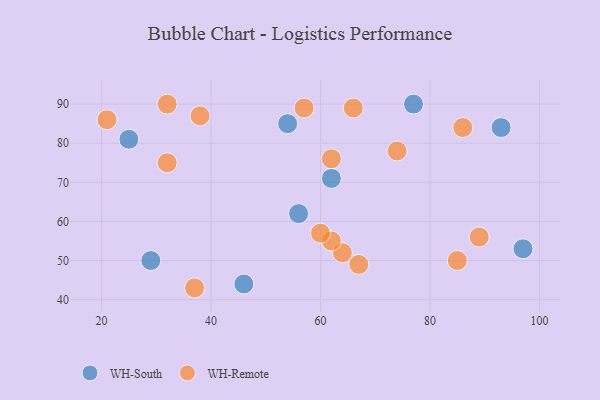
{"axis": {"x": "GDP", "y": "Life Expectancy"}, "legend": ["WH-Remote", "WH-South"], "data": [{"x": "97", "y": 53, "type": "WH-South"}, {"x": "25", "y": 81, "type": "WH-South"}, {"x": "56", "y": 62, "type": "WH-South"}, {"x": "46", "y": 44, "type": "WH-South"}, {"x": "62", "y": 71, "type": "WH-South"}, {"x": "54", "y": 85, "type": "WH-South"}, {"x": "93", "y": 84, "type": "WH-South"}, {"x": "77", "y": 90, "type": "WH-South"}, {"x": "29", "y": 50, "type": "WH-South"}, {"x": "89", "y": 56, "type": "WH-Remote"}, {"x": "86", "y": 84, "type": "WH-Remote"}, {"x": "64", "y": 52, "type": "WH-Remote"}, {"x": "21", "y": 86, "type": "WH-Remote"}, {"x": "38", "y": 87, "type": "WH-Remote"}, {"x": "85", "y": 50, "type": "WH-Remote"}, {"x": "62", "y": 55, "type": "WH-Remote"}, {"x": "67", "y": 49, "type": "WH-Remote"}, {"x": "66", "y": 89, "type": "WH-Remote"}, {"x": "57", "y": 89, "type": "WH-Remote"}, {"x": "32", "y": 90, "type": "WH-Remote"}, {"x": "32", "y": 75, "type": "WH-Remote"}, {"x": "62", "y": 76, "type": "WH-Remote"}, {"x": "60", "y": 57, "type": "WH-Remote"}, {"x": "37", "y": 43, "type": "WH-Remote"}, {"x": "74", "y": 78, "type": "WH-Remote"}]}